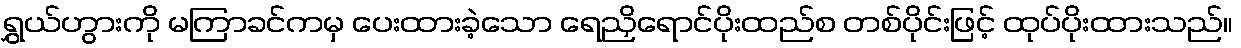
ရွှယ်ဟွားကို မကြာခင်ကမှ ပေးထားခဲ့သော ရေညှိရောင်ပိုးထည်စ တစ်ပိုင်းဖြင့် ထုပ်ပိုးထားသည်။